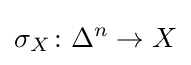
\sigma _{X}\colon \Delta ^{n}\rightarrow X